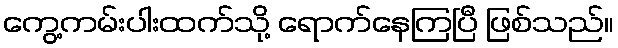
ကွေ့ကမ်းပါးထက်သို့ ရောက်နေကြပြီ ဖြစ်သည်။